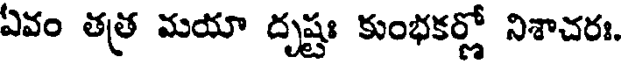
ఏవం తత్ర మయా దృష్టః కుంభకర్ణో నిశాచరః.